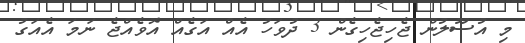
މި އުސޫލުން ޖެހިޖެހިގެން 3 ދުވަހު އެއް އަގެއް އޮވެއްޖެ ނަމަ އެއަގު